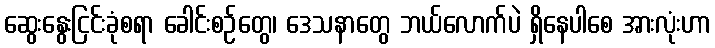
ဆွေးနွေးငြင်းခုံစရာ ခေါင်းစဉ်တွေ၊ ဒေသနာတွေ ဘယ်လောက်ပဲ ရှိနေပါစေ အားလုံးဟာ